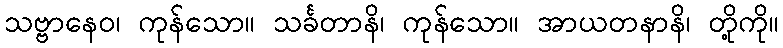
သဗ္ဗာနေဝ၊ ကုန်သော။ သင်္ခတာနိ၊ ကုန်သော။ အာယတနာနိ၊ တို့ကို။